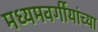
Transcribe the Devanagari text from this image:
मध्यमवर्गीयांच्या